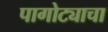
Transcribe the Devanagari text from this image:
पागोट्याचा